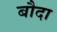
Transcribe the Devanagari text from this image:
बौदा